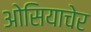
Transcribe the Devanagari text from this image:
ओसियाचेर